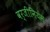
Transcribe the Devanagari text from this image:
वर्जीनियंस